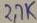
Text: 2,7K